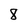
Character: 8